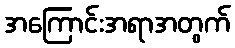
အကြောင်းအရာအတွက်